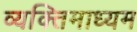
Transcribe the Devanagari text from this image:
व्यक्तिमाध्यम